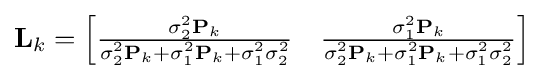
{\textbf {L}}_{k}={\begin{bmatrix}{\tfrac {\scriptstyle \sigma _{2}^{2}{\textbf {P}}_{k}}{\scriptstyle \sigma _{2}^{2}{\textbf {P}}_{k}+\scriptstyle \sigma _{1}^{2}{\textbf {P}}_{k}+\scriptstyle \sigma _{1}^{2}\scriptstyle \sigma _{2}^{2}}}&{\tfrac {\scriptstyle \sigma _{1}^{2}{\textbf {P}}_{k}}{\scriptstyle \sigma _{2}^{2}{\textbf {P}}_{k}+\scriptstyle \sigma _{1}^{2}{\textbf {P}}_{k}+\scriptstyle \sigma _{1}^{2}\scriptstyle \sigma _{2}^{2}}}\end{bmatrix}}